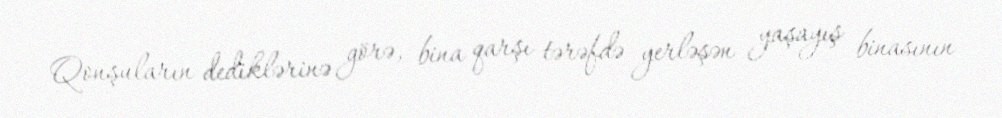
Qonşuların dediklərinə görə, bina qarşı tərəfdə yerləşən yaşayış binasının